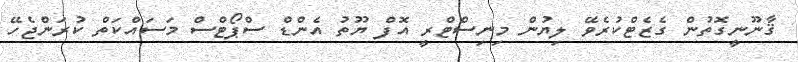
ޤާނޫނީގޮތުން ގެޒެޓްކުރެވޭ ލިޔުން މިނިސްޓްރީ އޮފް ޔޫތު އެންޑް ސްޕޯޓްސް މަސައްކަތް ކުރަންޖެހޭ